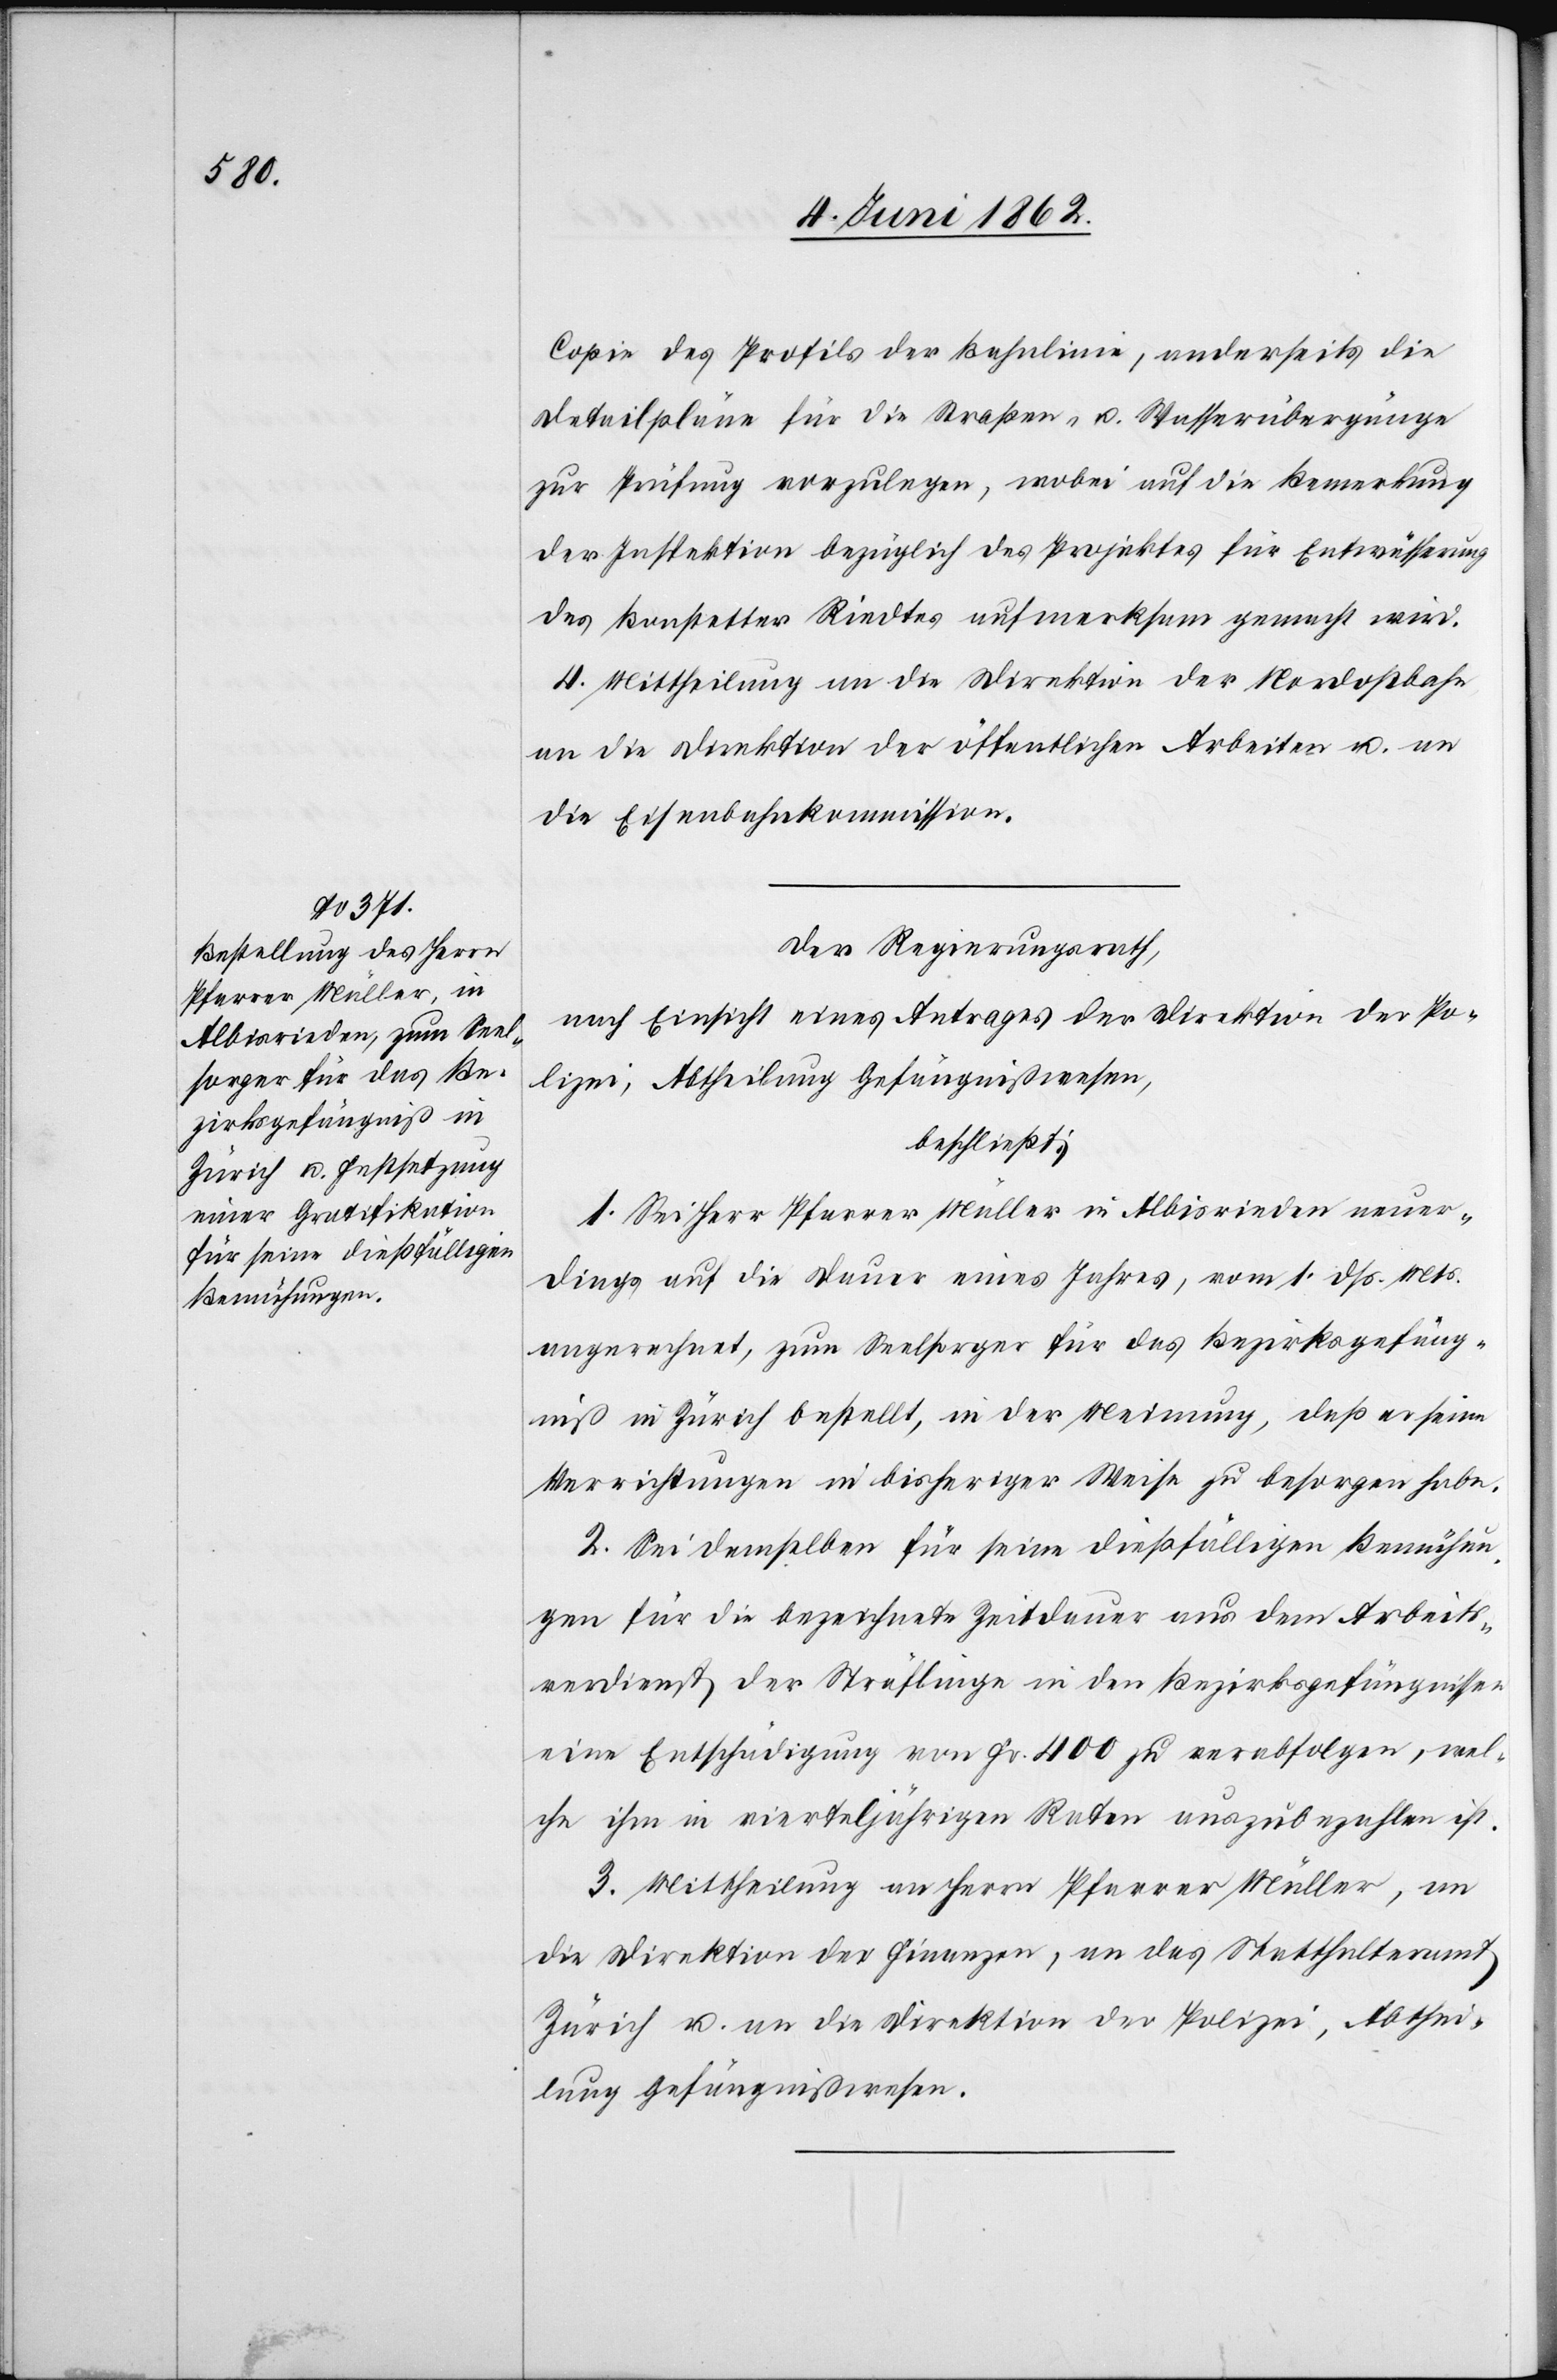
Copie des Profiles der Bahnlinie, anderseits die
Detailpläne für die Straßen- u. Wasserübergänge
zur Prüfung vorzulegen, wobei auf die Bemerkung
der Inspektion bezüglich des Projektes für Entwässerung
des Bonstetter Riedtes aufmerksam gemacht wird.
4. Mittheilung an die Direktion der Nordostbahn,
an die Direktion der öffentlichen Arbeiten u. an
die Eisenbahnkommission.
Der Regierungsrath,
nach Einsicht eines Antrages der Direktion der Po¬
lizei, Abtheilung Gefängnißwesen,
beschließt:
1. Sei Herr Pfarrer Müller in Albisrieden neuer¬
dings auf die Dauer eines Jahres, vom 1. dß. Mts.
angerechnet, zum Seelsorger für das Bezirksgefäng¬
niß in Zürich bestellt, in der Meinung, daß er seine
Verrichtungen in bisheriger Weise zu besorgen habe.
2. Sei demselben für seine dießfälligen Bemühun¬
gen für die bezeichnete Zeitdauer aus dem Arbeits¬
verdienst der Sträflinge in den Bezirksgefängnissen
eine Entschädigung von Fr. 400 zu verabfolgen, wel¬
che ihm in vierteljährigen Raten auszubezahlen ist.
3. Mittheilung an Herrn Pfarrer Müller, an
die Direktion der Finanzen, an das Statthalteramt
Zürich u. an die Direktion der Polizei, Abthei¬
lung Gefängnißwesen.